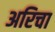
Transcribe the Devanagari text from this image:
अरिचा